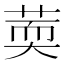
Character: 䓴